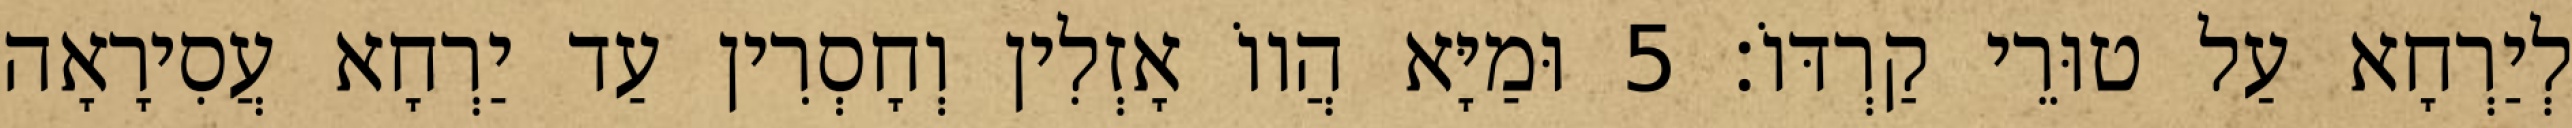
לְיַרְחָא עַל טוּרֵי קַרְדּוֹ׃ 5 וּמַיָּא הֲווֹ אָזְלִין וְחָסְרִין עַד יַרְחָא עֲסִירָאָה